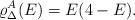
LaTeX: \begin{align*}\varrho_{\Delta}^A(E) = E(4-E).\end{align*}